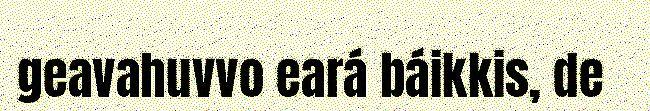
geavahuvvo eará báikkis, de